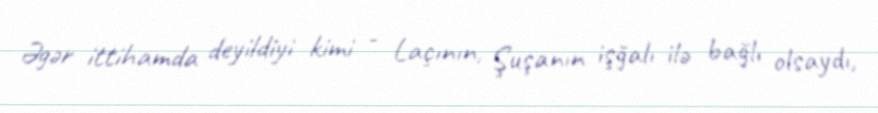
Əgər ittihamda deyildiyi kimi - Laçının, Şuşanın işğalı ilə bağlı olsaydı,